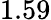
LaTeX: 1.59